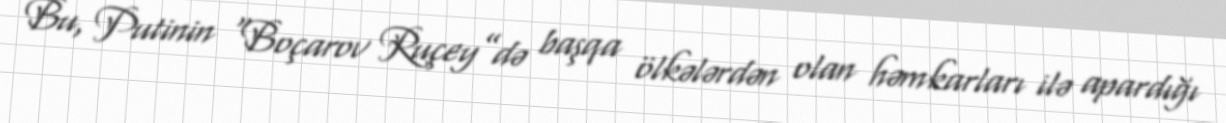
Bu, Putinin “Boçarov Ruçey”də başqa ölkələrdən olan həmkarları ilə apardığı